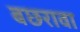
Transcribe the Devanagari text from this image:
बछरावा